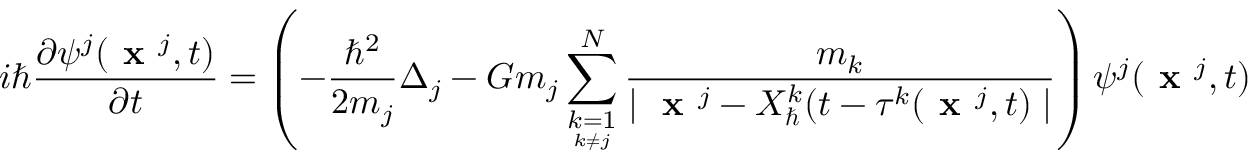
i \hbar \frac { \partial \psi ^ { j } ( \textbf { x } ^ { j } , t ) } { \partial t } = \left( - \frac { \hbar ^ { 2 } } { 2 m _ { j } } \Delta _ { j } - G m _ { j } \sum _ { \underset { k \neq j } { k = 1 } } ^ { N } \frac { m _ { k } } { \mid \textbf { x } ^ { j } - X _ { \hbar } ^ { k } ( t - \tau ^ { k } ( \textbf { x } ^ { j } , t ) \mid } \right) \psi ^ { j } ( \textbf { x } ^ { j } , t )